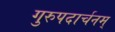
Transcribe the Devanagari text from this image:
गुरुपदार्चनम्